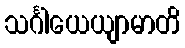
သင်္ဂါယေယျာမာတိ